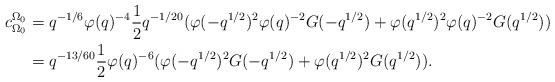
LaTeX: \begin{align*} c_{\Omega_0}^{\Omega_0} &= q^{-1/6}\varphi(q)^{-4}\dfrac{1}{2}q^{-1/20}(\varphi(-q^{1/2})^2\varphi(q)^{-2}G(-q^{1/2})+\varphi(q^{1/2})^2\varphi(q)^{-2}G(q^{1/2}))\\ &= q^{-13/60}\dfrac{1}{2}\varphi(q)^{-6}(\varphi(-q^{1/2})^2G(-q^{1/2})+\varphi(q^{1/2})^2G(q^{1/2})).\end{align*}